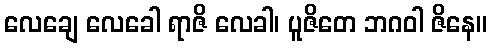
လေချေ လေခေါ ရာဇိ လေခါ၊ ပူဇိတေ ဘဂဝါ ဇိနေ။